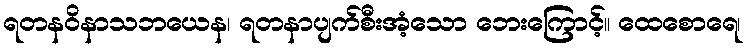
ရတနဝိနာသဘယေန၊ ရတနာပျက်စီးအံ့သော ဘေးကြောင့်။ ထေစောရေ၊